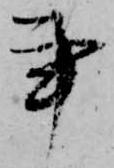
事